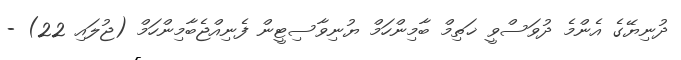
ދުނިޔޭގެ އެންމެ ދުވަސްވީ ޚަތިމް ބާމިންހަމް ޔުނިވާސިޓީން ފެނިއްޖެބާމިންހަމް (ޖުލައި 22) -